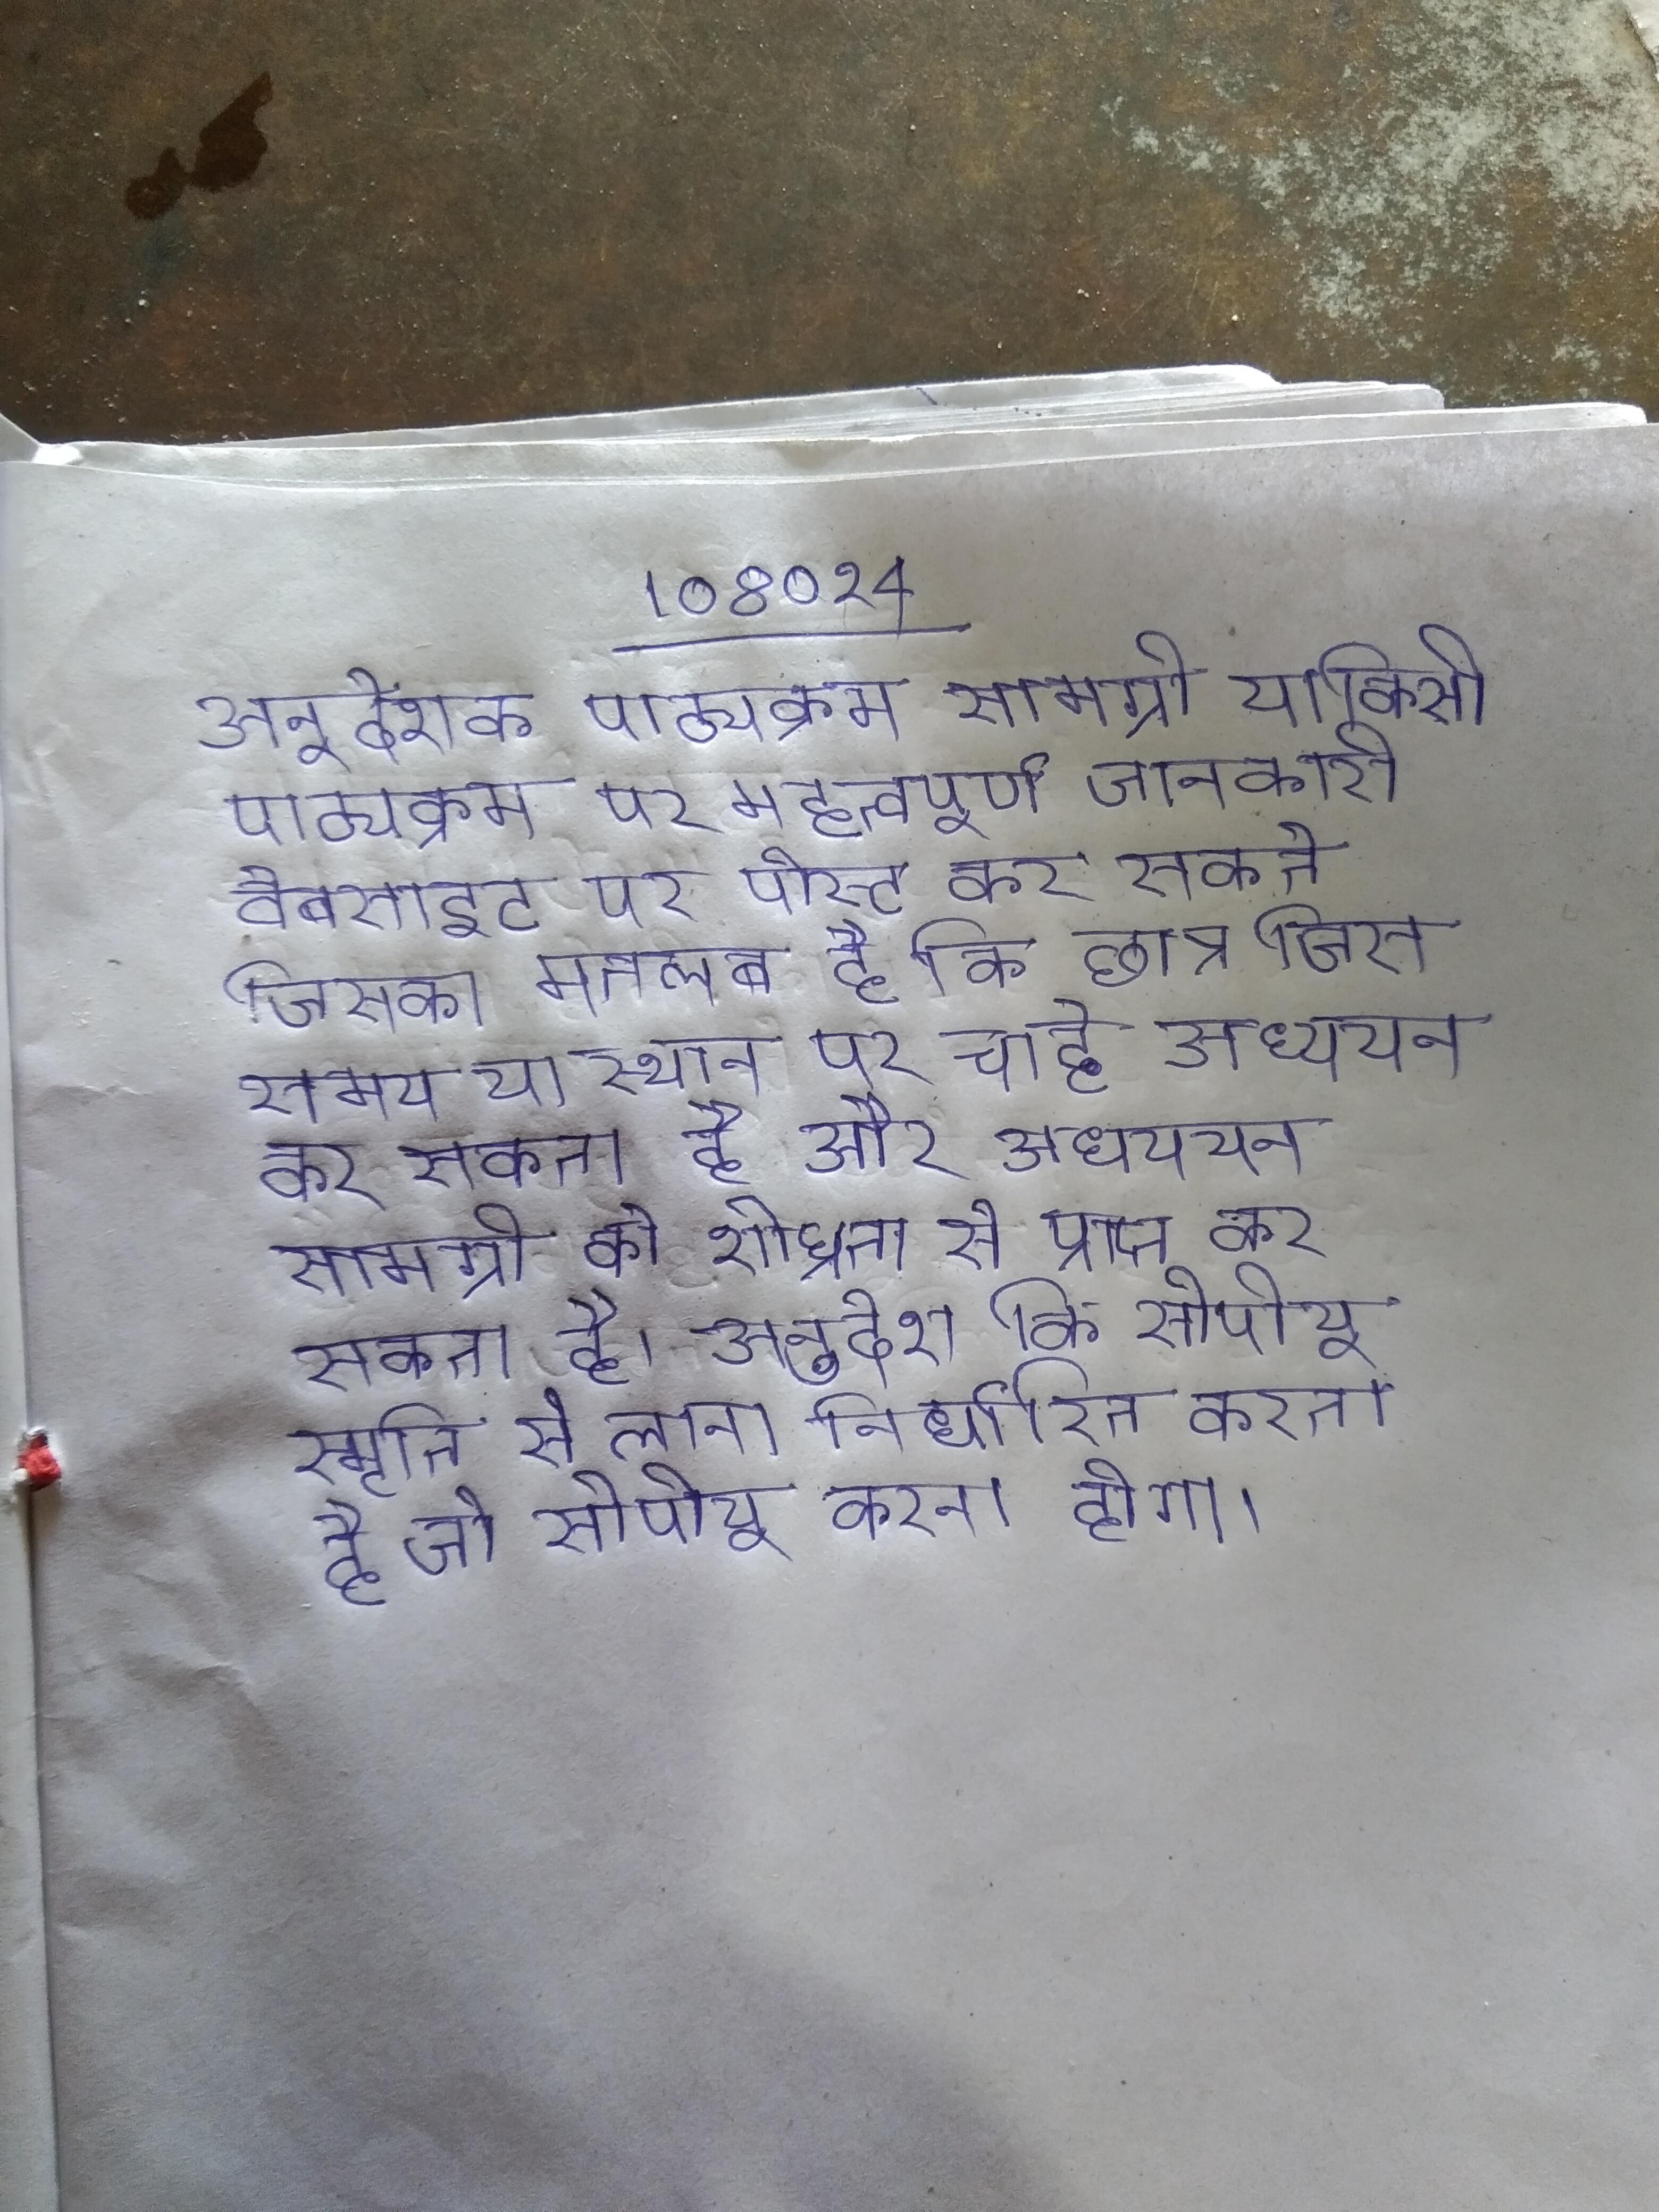
अनुदेशक पाठ्यक्रम सामग्री या किसी पाठ्यक्रम पर महत्वपूर्ण जानकारी वेबसाइट पर पोस्ट कर सकते जिसका मतलब है कि छात्र जिस समय या स्थान पर चाहे अध्ययन कर सकता है और अधययन सामग्री को शीघ्रता से प्राप्त कर सकता है । अनुदेश कि सीपीयू स्मृति से लाना निर्धारित करता है जो सीपीयू करना होगा ।